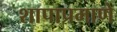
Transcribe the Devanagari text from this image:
शापाप्रमाणे